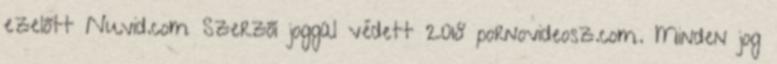
ezelőtt Nuvid.com Szerzői joggal védett 2018 pornovideosz.com. Minden jog